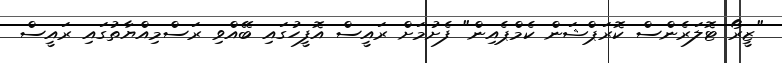
"ޒީރޯ ޓޮލަރެންސް ކޮރަޕްޝަން ކެމްޕެއިން" ފެށުމަށް ރައީސް އޮފީހުގައި ބޭއްވި ރަސްމިއްޔާތުގައި ރައީސް